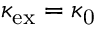
\kappa _ { \mathrm { e x } } = \kappa _ { \mathrm { 0 } }